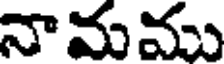
నామము